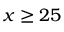
x \geq 2 5